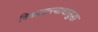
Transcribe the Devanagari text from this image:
विश्वप्रसरणाचासुद्धा